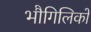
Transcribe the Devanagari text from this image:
भौगिलिकों